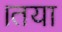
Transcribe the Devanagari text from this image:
।तया